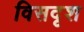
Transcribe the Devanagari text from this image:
विसदृश